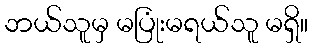
ဘယ်သူမှ မပြုံးမရယ်သူ မရှိ။